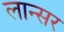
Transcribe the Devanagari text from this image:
लान्सर